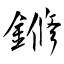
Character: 鎀